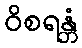
ဝိစရန္တံ